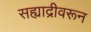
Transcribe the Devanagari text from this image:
सह्याद्रीवरून